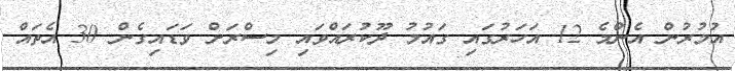
އުމުރުން އެންމެ 12 އަހަރުގައި ގައުމު ދޫކުރައްވައި މިސްރަށް ވަޑައިގެން 30 އެތައް